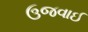
ઉજવાઈ